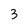
Character: 3